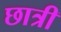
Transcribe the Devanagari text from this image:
छात्री